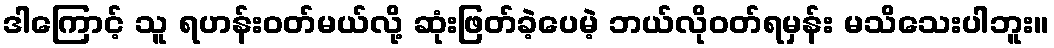
ဒါကြောင့် သူ ရဟန်းဝတ်မယ်လို့ ဆုံးဖြတ်ခဲ့ပေမဲ့ ဘယ်လိုဝတ်ရမှန်း မသိသေးပါဘူး။